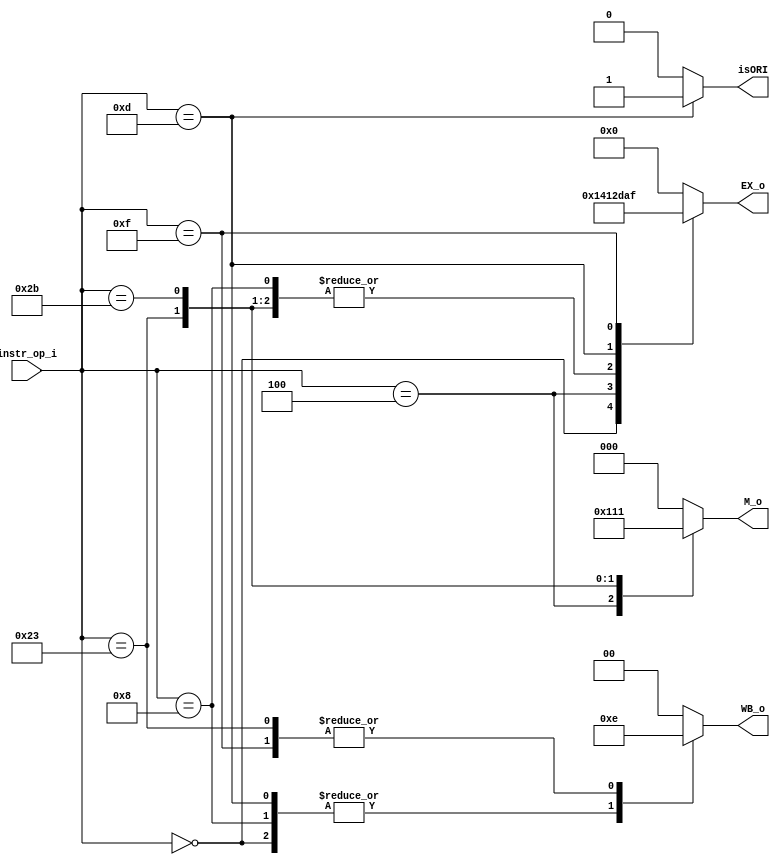
//0416221  0416251 
//Subject:     CO project 2 - Decoder
//--------------------------------------------------------------------------------
//Version:     1
//--------------------------------------------------------------------------------
//Writer:      
//----------------------------------------------
//Date:        
//----------------------------------------------
//Description: 
//--------------------------------------------------------------------------------

module Decoder(
    instr_op_i,
	WB_o,
	M_o,
	EX_o,
	isORI
	);
     
//I/O ports
input  [6-1:0] instr_op_i;

output [1:0] WB_o;
output [2:0] M_o;
output [4:0] EX_o;
output		 isORI;

//Parameter
wire isORI = (instr_op_i == 13)? 1:0;
reg [1:0] WB_o;
reg [2:0] M_o;
reg [4:0] EX_o;

//Main function
always@(*) begin
	case(instr_op_i)
	//rtype
		0: begin
			WB_o = 2'b11; 
			M_o = 3'b000;
			EX_o = 5'b10100;
		end
	//branch on eqal
		4: begin 
			WB_o = 2'b00; 
			M_o = 3'b100;
			EX_o = 5'b00010;
		end
	//addi
		8: begin 
			WB_o = 2'b11; 
			M_o = 3'b000;
			EX_o = 5'b01011;
		end
	//load word
		35:begin
			WB_o = 2'b10; 
			M_o = 3'b010;
			EX_o = 5'b01011;
		end
	//save word
		43:begin
			WB_o = 2'b00; 
            M_o = 3'b001;
            EX_o = 5'b01011;
		end
	//or immediate
		13:begin 
			WB_o = 2'b11; 
            M_o = 3'b000;
            EX_o = 5'b01101;	
		end
	//load upper immediate
		15:begin 
			WB_o = 2'b10; 
            M_o = 3'b000;
            EX_o = 5'b01111;		
		end
		default :begin
			WB_o = 2'b00; 
            M_o = 3'b000;
            EX_o = 5'b00000;	
	  end
	endcase


end




endmodule